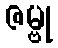
ဇမ္ဗု